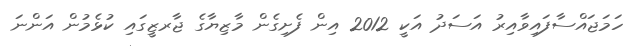
ހަމަޖައްސާފައިވާއިރު އަސަދު އަކީ 2012 އިން ފެށިގެން މާޒިޔާގެ ޖާރޒީގައި ކުޅެމުން އަންނަ